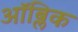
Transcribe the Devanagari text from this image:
ऑब्लिक